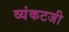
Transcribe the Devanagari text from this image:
व्यंकटजी